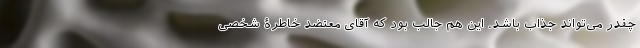
چقدر می‌تواند جذاب باشد. این هم جالب بود که آقای معتضد خاطرۀ شخصی